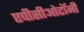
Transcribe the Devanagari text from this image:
एपीसीओटॉमी